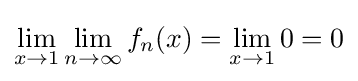
\lim _{x\to 1}\lim _{n\to \infty }f_{n}(x)=\lim _{x\to 1}0=0